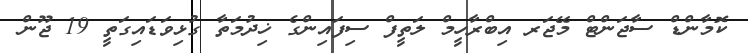
ކޮމާންޑް ސާޖަންޓް މޭޖަރ އިބްރާހީމް ލަތީފް ސިފައިންގެ ޚިދުމަތާ ގުޅިވަޑައިގަތީ 19 ޖޫން